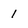
Character: 1